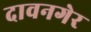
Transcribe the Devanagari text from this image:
दावनगेर